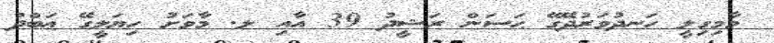
މާމިގިލީ ހަނދުވަރުދޭގޭ ޙަސަން ރަޝީދު 39 އާއި ލ. މާވަށު ހިޔަލީގޭ ޢަބްދު